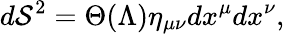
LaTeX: d\mathcal S^{2}=\Theta(\Lambda)\eta_{\mu\nu}dx^{\mu}dx^{\nu},